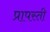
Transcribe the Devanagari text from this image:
प्रापस्ती